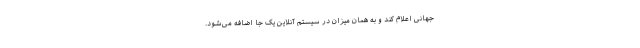
جهانی اعلام کند و به همان میزان در سیستم آنلاین یک جا اضافه می‌شود.